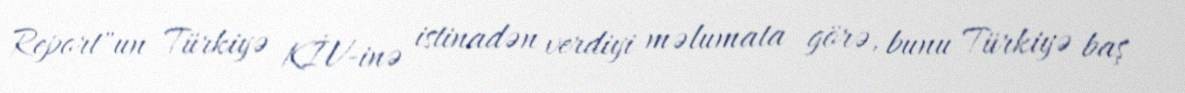
Report"un Türkiyə KİV-inə istinadən verdiyi məlumata görə, bunu Türkiyə baş